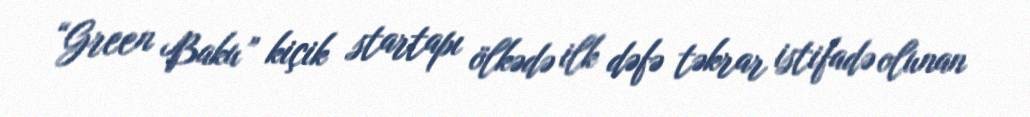
“Green Baku” kiçik startapı ölkədə ilk dəfə təkrar istifadə olunan